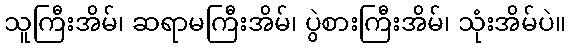
သူကြီးအိမ်၊ ဆရာမကြီးအိမ်၊ ပွဲစားကြီးအိမ်၊ သုံးအိမ်ပဲ။